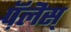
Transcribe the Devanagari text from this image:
प़ॅलॆस्